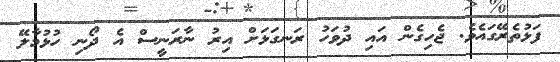
ފަޅުތެރޭގައެވެ. ޖެހިގެން އައި ދުވަހު ރަނގަޅަށް އިރު ނާރަނީސް އެ ދޯނި ހުޅުމާލޭ